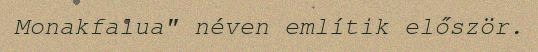
Monakfalua" néven említik először.